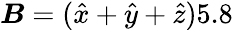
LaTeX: \boldsymbol{\mathit{B}}=(\hat{{x}}+\hat{{y}}+\hat{{z}})5.8